Civil Veterinary Dept. Bombay admin report 1893-99 - 1893-1899
Year: 1893
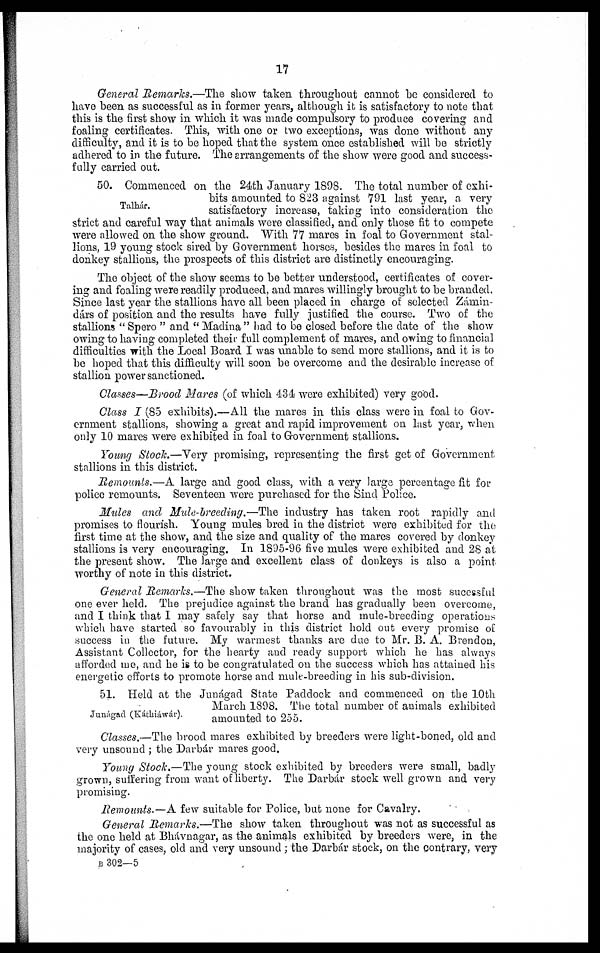
17
General Remarks.—The show taken throughout cannot be considered to
have been as successful as in former years, although it is satisfactory to note that
this is the first show in which it was made compulsory to produce covering and
foaling certificates. This, with one or two exceptions, was done without any
difficulty, and it is to be hoped that the system once established will be strictly
adhered to in the future. The arrangements of the show were good and success-
fully carried out.
Talhár.
50. Commenced on the 24th January 1898. The total number of exhi-
bits amounted to 823 against 791 last year, a very
satisfactory increase, taking into consideration the
strict and careful way that animals were classified, and only those fit to compete
were allowed on the show ground. With 77 mares in foal to Government stal-
lions, 19 young stock sired by Government horses, besides the mares in foal to
donkey stallions, the prospects of this district are distinctly encouraging.
The object of the show seems to be better understood, certificates of cover-
ing and foaling were readily produced, and mares willingly brought to be branded.
Since last year the stallions have all been placed in charge of selected Zámin-
dárs of position and the results have fully justified the course. Two of the
stallions " Spero " and " Madina " had to be closed before the date of the show
owing to having completed their full complement of mares, and owing to financial
difficulties with the Local Board I was unable to send more stallions, and it is to
be hoped that this difficulty will soon be overcome and the desirable increase of
stallion power sanctioned.
Classes—Brood Mares (of which 434 were exhibited) very good.
Class I (85 exhibits).—All the mares in this class were in foal to Gov-
ernment stallions, showing a great and rapid improvement on last year, when
only 10 mares were exhibited in foal to Government stallions.
Young Stock.—Very promising, representing the first get of Government
stallions in this district.
Remounts.—A large and good class, with a very large percentage fit for
police remounts. Seventeen were purchased for the Sind Police.
Mules and Mule-breeding.—The industry has taken root rapidly and
promises to flourish. Young mules bred in the district were exhibited for the
first time at the show, and the size and quality of the mares covered by donkey
stallions is very encouraging. In 1895-96 five mules were exhibited and 28 at
the present show. The large and excellent class of donkeys is also a point
worthy of note in this district.
General Remarks.—The show taken throughout was the most sucessful
one ever held. The prejudice against the brand has gradually been overcome,
and I think that I may safely say that horse and mule-breeding operations
which have started so favourably in this district hold out every promise of
success in the future. My warmest thanks are due to Mr. B. A. Brendon,
Assistant Collector, for the hearty and ready support which he has always
afforded me, and he is to be congratulated on the success which has attained his
energetic efforts to promote horse and mule-breeding in his sub-division.
Junágad (Káthiáwár).
51. Held at the Junágad State Paddock and commenced on the 10th
March 1898. The total number of animals exhibited
amounted to 255.
Classes.—The brood mares exhibited by breeders were light-boned, old and
very unsound ; the Darbár mares good.
Young Stock.—The young stock exhibited by breeders were small, badly
grown, suffering from want of liberty. The Darbár stock well grown and very
promising.
Remounts.—A few suitable for Police, but none for Cavalry.
General Remarks.—The show taken throughout was not as successful as
the one held at Bhávnagar, as the animals exhibited by breeders were, in the
majority of cases, old and very unsound ; the Darbár stock, on the contrary, very
B 302—5